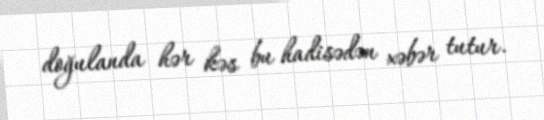
doğulanda hər kəs bu hadisədən xəbər tutur.